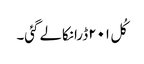
کُل ۲۰۱ڈرانکالے گئی۔